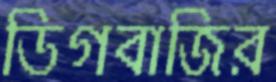
ডিগবাজির